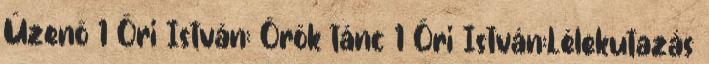
Üzenő 1 Őri István: Örök tánc 1 Őri István:Lélekutazás